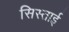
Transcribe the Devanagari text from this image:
सिस्ताई